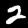
Digit: 2